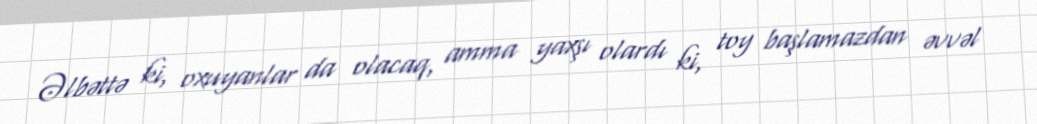
Əlbəttə ki, oxuyanlar da olacaq, amma yaxşı olardı ki, toy başlamazdan əvvəl